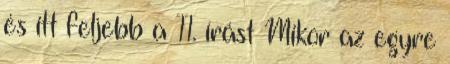
és itt feljebb a 11. írást Mikor az egyre